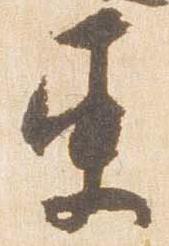
更